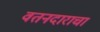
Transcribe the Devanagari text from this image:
वतनदाराचा